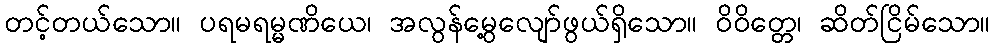
တင့်တယ်သော။ ပရမရမ္မဏိယေ၊ အလွန်မွေ့လျော်ဖွယ်ရှိသော။ ဝိဝိတ္တေ၊ ဆိတ်ငြိမ်သော။